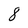
Character: 8